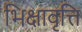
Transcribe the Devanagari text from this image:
भिक्षावृत्ति